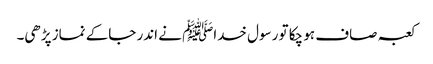
کعبہ صاف ہو چکا تو رسول خداﷺ نے اندر جاکے نماز پڑھی۔